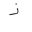
Letter: _thal